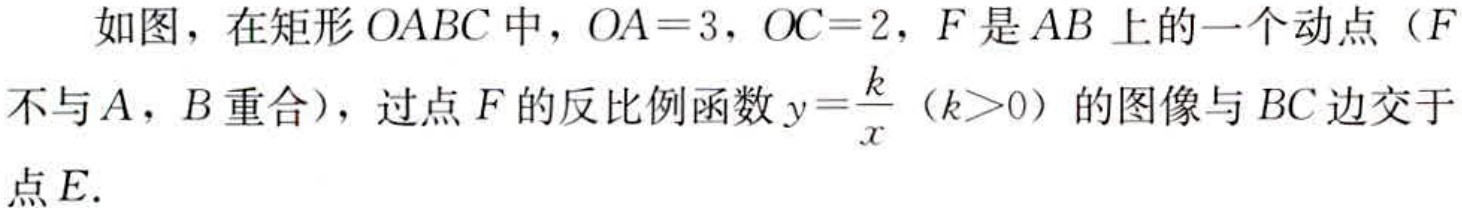
如图，在矩形\(OABC\)中，\(OA = 3\)，\(OC = 2\)，\(F\)是\(AB\)上的一个动点（\(F\)不与\(A\)，\(B\)重合），过点\(F\)的反比例函数\(y=\dfrac{k}{x}\)（\(k > 0\)）的图像与\(BC\)边交于点\(E\).